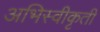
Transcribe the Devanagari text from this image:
अभिस्वीकृती